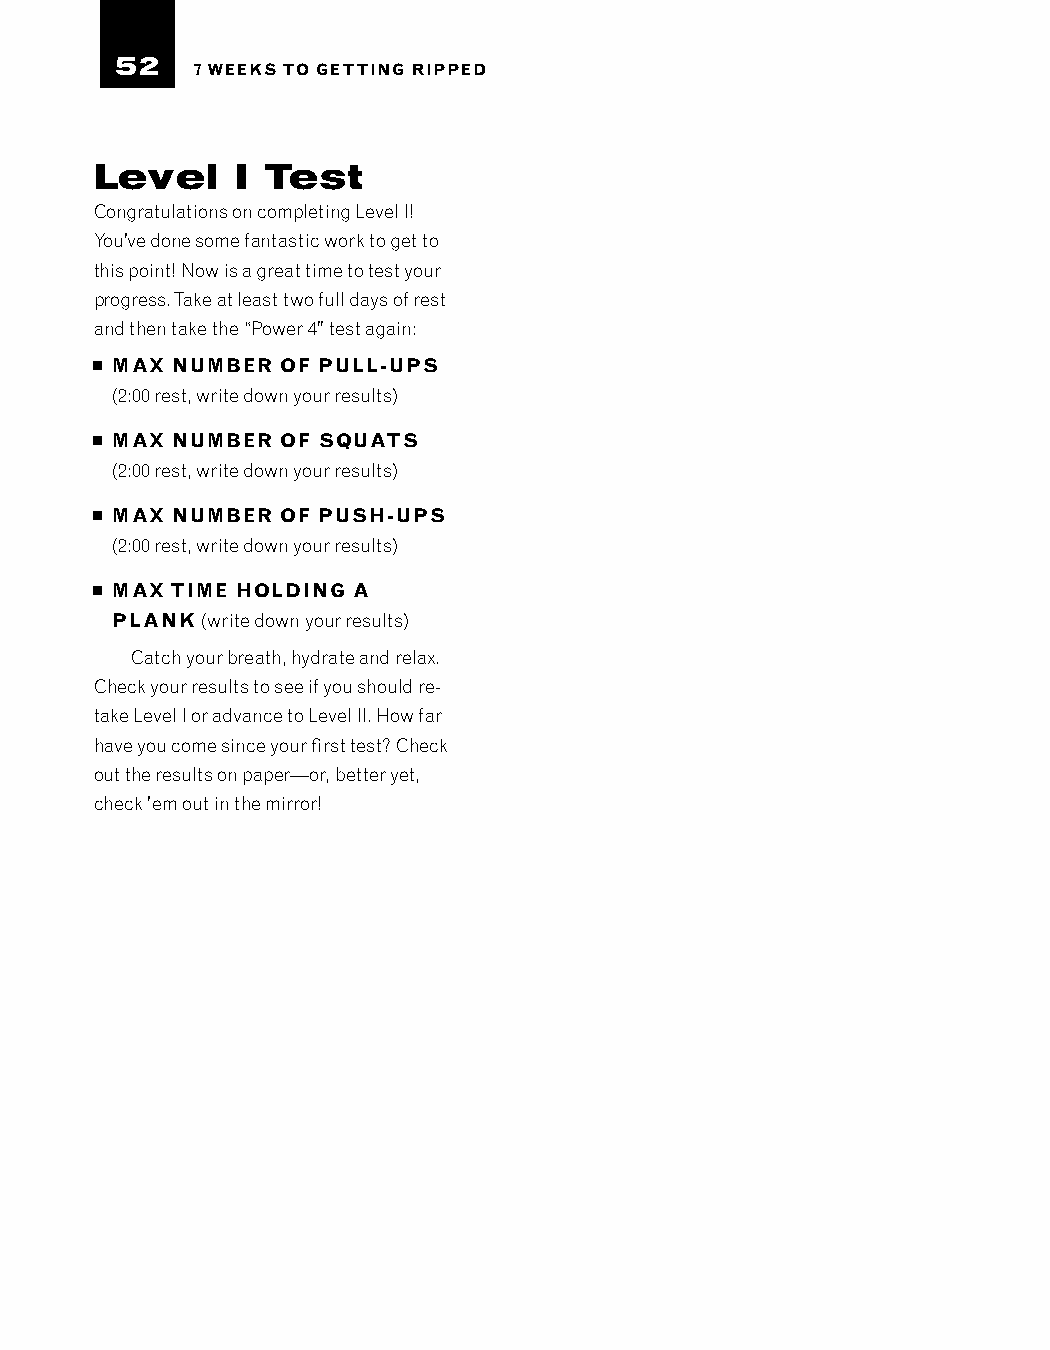
52
 7 WEEKS TO GETTING RIPPED
 Level     I Test
 Congratulations on completing Level I!
 You’ve done some fantastic work to get to
 this point! Now is a great time to test your
 progress. Take at least two full days of rest
 and then take the “Power 4” test again:
 MAX NUMBER  OF PULL-UPS
 (2:00 rest, write down your results)
 MAX NUMBER  OF SQUATS
 (2:00 rest, write down your results)
 MAX NUMBER  OF PUSH-UPS
 (2:00 rest, write down your results)
 MAX TIME HOLDING A
 PLANK (write down your results)
 Catch your breath, hydrate and relax.
 Check your results to see if you should re-
 take Level I or advance to Level II. How far
 have you come since your first test? Check
 out the results on paper—or, better yet,
 check ’em out in the mirror!